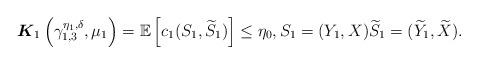
LaTeX: \begin{align*}\boldsymbol{K}_1\left(\gamma_{1,3}^{\eta_1, \delta}, \mu_1\right) = \mathbb{E} \left[ c_1( S_1, \widetilde{S}_1 ) \right] \leq \eta_0, S_1 = (Y_1, X) \widetilde{S}_1 = (\widetilde{Y}_1, \widetilde{X}). \end{align*}